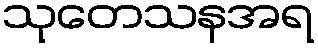
သုတေသနအရ